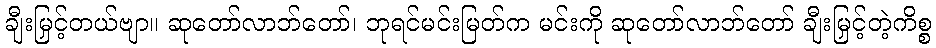
ချီးမြှင့်တယ်ဗျာ။ ဆုတော်လာဘ်တော်၊ ဘုရင်မင်းမြတ်က မင်းကို ဆုတော်လာဘ်တော် ချီးမြှင့်တဲ့ကိစ္စ